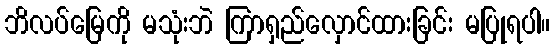
ဘိလပ်မြေကို မသုံးဘဲ ကြာရှည်လှောင်ထားခြင်း မပြုရပါ။